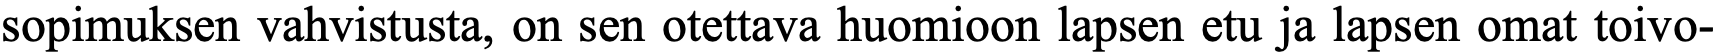
sopimuksen vahvistusta, on sen otettava huomioon lapsen etu ja lapsen omat toivo-